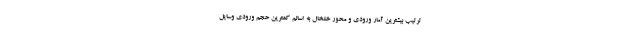
ترتیب بیشترین آمار ورودی و محور خلخال به اسالم کمترین حجم ورودی وسایل